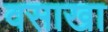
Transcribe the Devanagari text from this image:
वसाखा